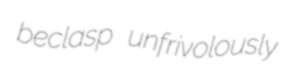
beclasp unfrivolously